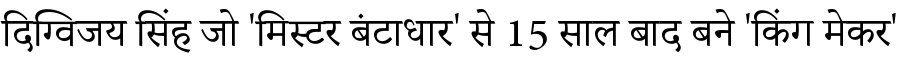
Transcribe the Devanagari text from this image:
दिग्विजय सिंह जो 'मिस्टर बंटाधार' से 15 साल बाद बने 'किंग मेकर'